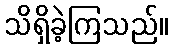
သိရှိခဲ့ကြသည်။